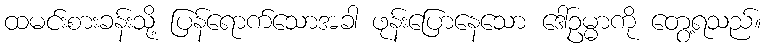
ထမင်းစားခန်းသို့ ပြန်ရောက်သောအခါ ဖုန်းပြောနေသော ဒေါ်ဥမ္မာကို တွေ့ရသည်။